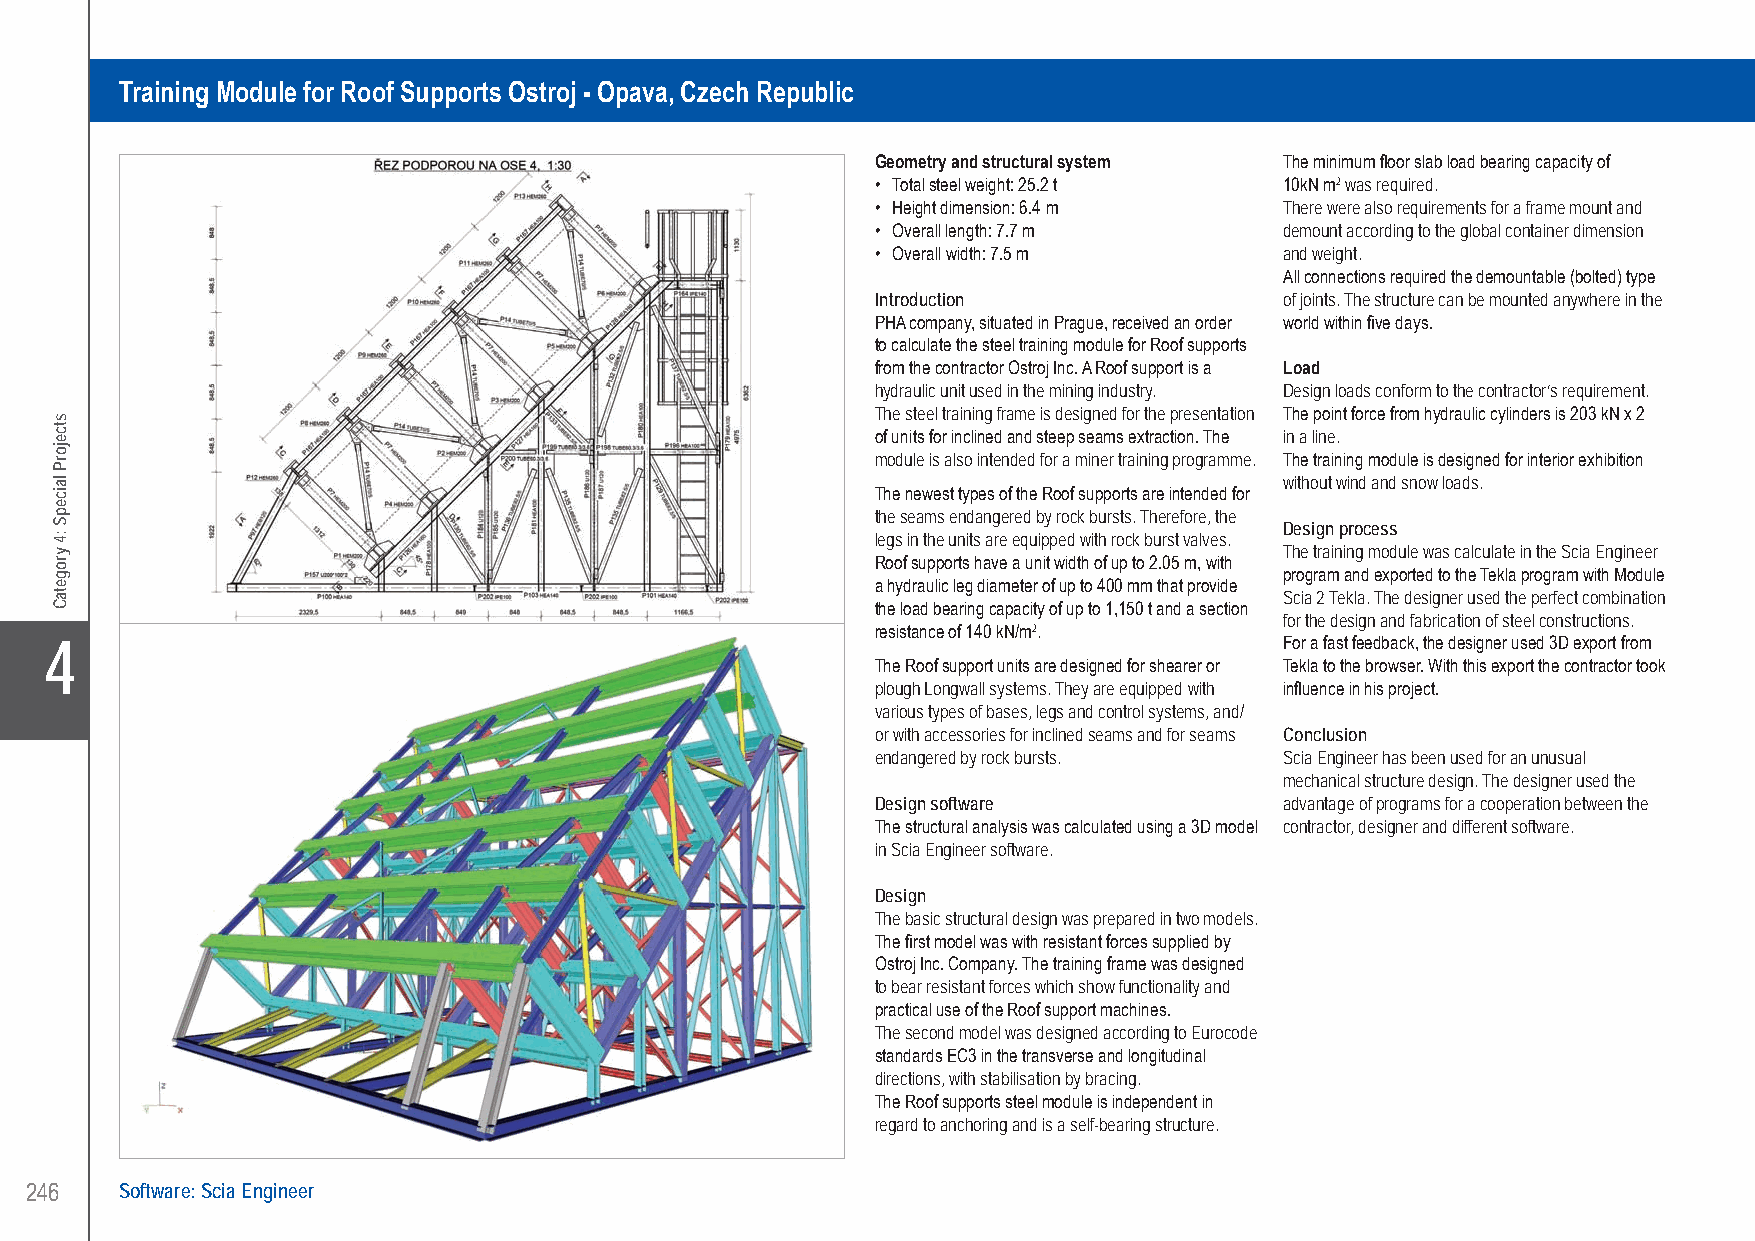
P-H-A....Training Module for Roof Supports Ostroj - Opava, Czech Republic
 Training Module for Roof Supports Ostroj - Opava, Czech Republic
 Geometry and structural system The minimum floor slab load bearing capacity of
 • Total steel weight: 25.2 t 10kN m2 was required.
 • Height dimension: 6.4 m  There were also requirements for a frame mount and
 • Overall length: 7.7 m    demount according to the global container dimension
 • Overall width: 7.5 m     and weight.
 All connections required the demountable (bolted) type
 Introduction               of joints. The structure can be mounted anywhere in the
 PHA company, situated in Prague, received an order world within five days.
 to calculate the steel training module for Roof supports
 from the contractor Ostroj Inc. A Roof support is a Load
 hydraulic unit used in the mining industry. Design loads conform to the contractor’s requirement.
 The steel training frame is designed for the presentation The point force from hydraulic cylinders is 203 kN x 2
 of units for inclined and steep seams extraction. The in a line.
 module is also intended for a miner training programme. The training module is designed for interior exhibition
 without wind and snow loads.
 The newest types of the Roof supports are intended for
 the seams endangered by rock bursts. Therefore, the
 Design process
 legs in the units are equipped with rock burst valves.
 The training module was calculate in the Scia Engineer
 Roof supports have a unit width of up to 2.05 m, with
 program and exported to the Tekla program with Module
 a hydraulic leg diameter of up to 400 mm that provide
 Scia 2 Tekla. The designer used the perfect combination
 the load bearing capacity of up to 1,150 t and a section
 for the design and fabrication of steel constructions.
 resistance of 140 kN/m2.
 X4                                                                                For a fast feedback, the designer used 3D export from
 The Roof support units are designed for shearer or Tekla to the browser. With this export the contractor took
 plough Longwall systems. They are equipped with influence in his project.
 various types of bases, legs and control systems, and/
 or with accessories for inclined seams and for seams Conclusion
 endangered by rock bursts. Scia Engineer has been used for an unusual
 mechanical structure design. The designer used the
 Design software            advantage of programs for a cooperation between the
 The structural analysis was calculated using a 3D model contractor, designer and different software.
 in Scia Engineer software.
 Design
 The basic structural design was prepared in two models.
 The first model was with resistant forces supplied by
 Ostroj Inc. Company. The training frame was designed
 to bear resistant forces which show functionality and
 practical use of the Roof support machines.
 The second model was designed according to Eurocode
 standards EC3 in the transverse and longitudinal
 directions, with stabilisation by bracing.
 The Roof supports steel module is independent in
 regard to anchoring and is a self-bearing structure.
 246   Software: Scia Engineer
 UC-2013-Book-V8.indd 246                                                                                  7/11/2013 11:55:02 AM
 stcejorP
 laicepS
 :4
 yrogetaC